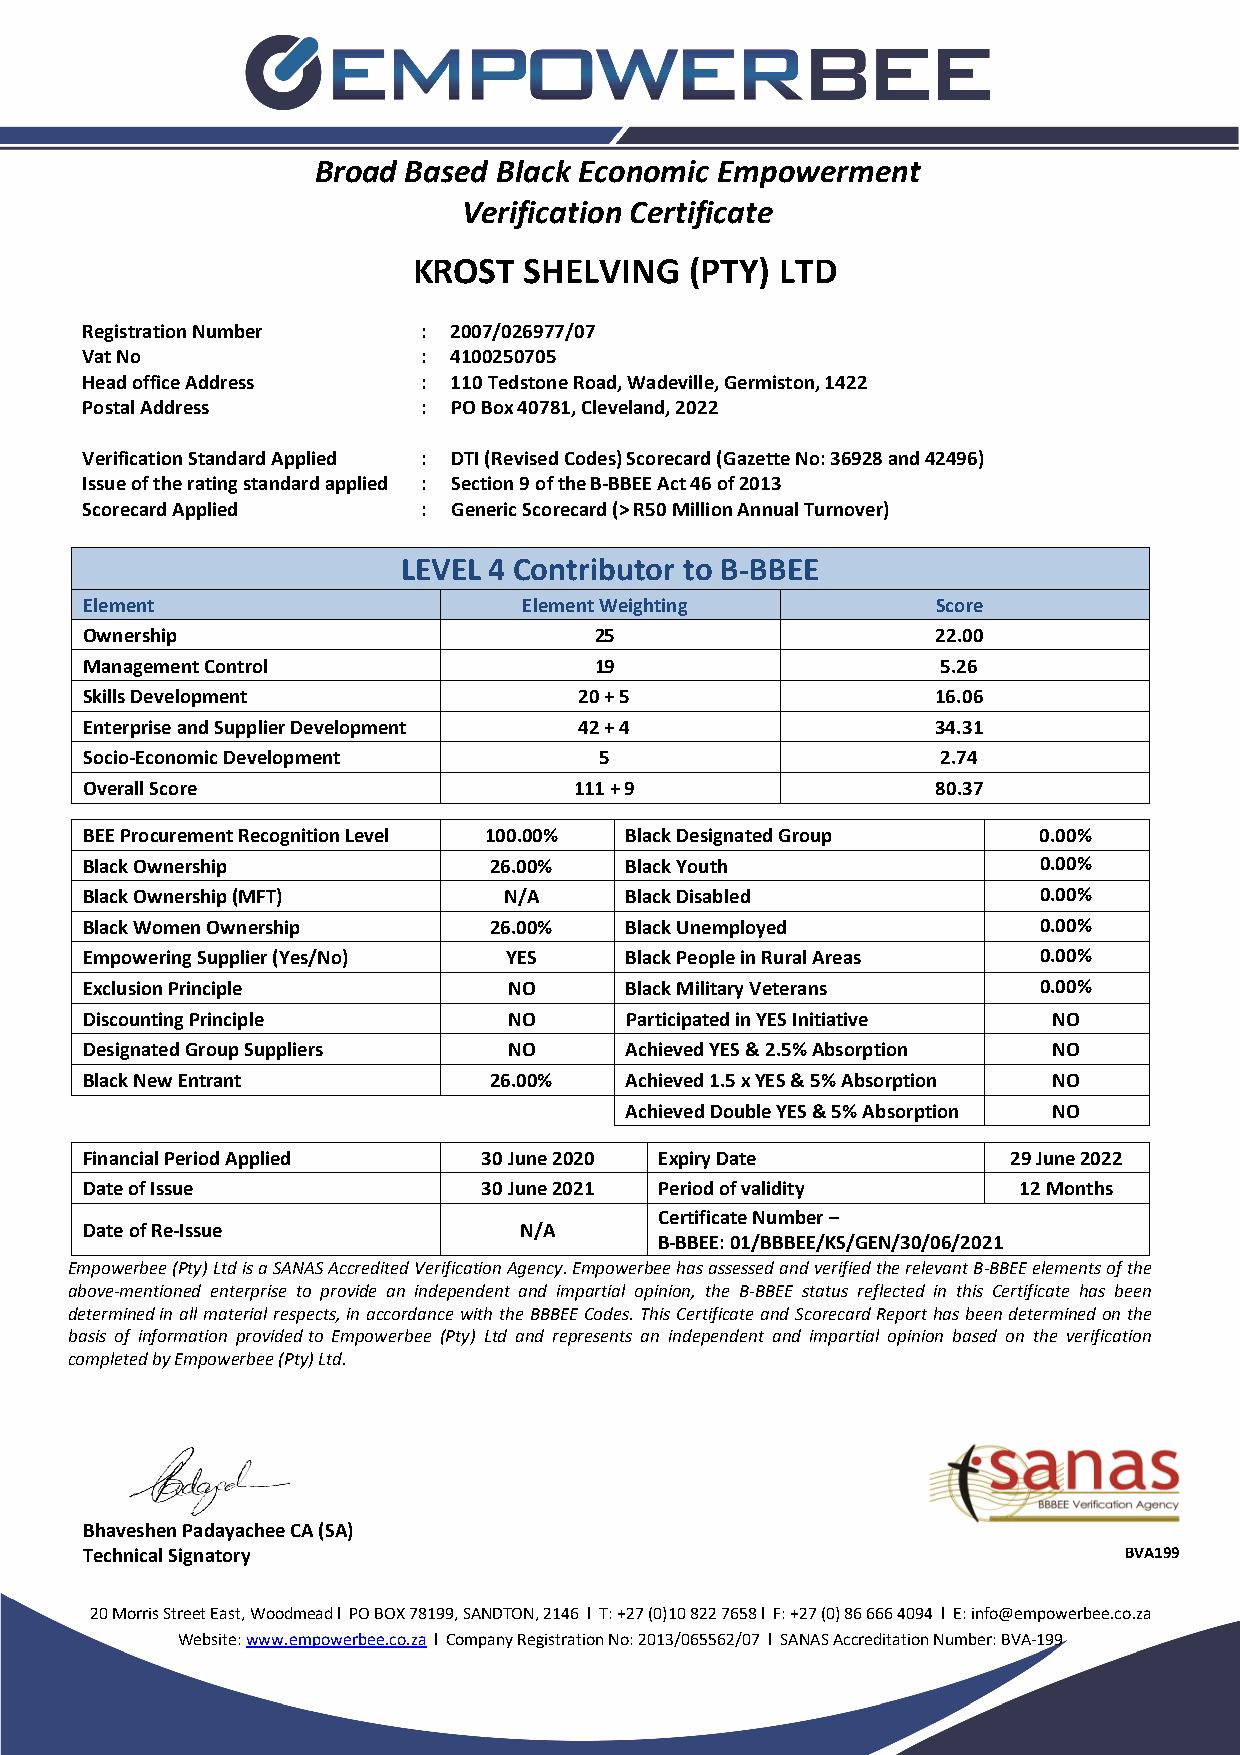
Broad Based Black Economic Empowerment
 Verification Certificate
 KROST   SHELVING   (PTY) LTD
 Registration Number    : 2007/026977/07
 Vat No                 : 4100250705
 Head office Address    : 110 Tedstone Road, Wadeville, Germiston, 1422
 Postal Address         : PO Box 40781, Cleveland, 2022
 Verification Standard Applied : DTI (Revised Codes) Scorecard (Gazette No: 36928 and 42496)
 Issue of the rating standard applied : Section 9 of the B-BBEE Act 46 of 2013
 Scorecard Applied      : Generic Scorecard (> R50 Million Annual Turnover)
 LEVEL 4 Contributor to B-BBEE
 Element                       Element Weighting          Score
 Ownership                         25                     22.00
 Management Control                19                     5.26
 Skills Development               20 + 5                  16.06
 Enterprise and Supplier Development 42 + 4               34.31
 Socio-Economic Development         5                     2.74
 Overall Score                    111 + 9                 80.37
 BEE Procurement Recognition Level 100.00% Black Designated Group 0.00%
 Black Ownership            26.00%   Black Youth                 0.00%
 Black Ownership (MFT)       N/A     Black Disabled              0.00%
 Black Women Ownership      26.00%   Black Unemployed            0.00%
 Empowering Supplier (Yes/No) YES    Black People in Rural Areas 0.00%
 Exclusion Principle          NO     Black Military Veterans     0.00%
 Discounting Principle        NO     Participated in YES Initiative NO
 Designated Group Suppliers   NO     Achieved YES & 2.5% Absorption NO
 Black New Entrant          26.00%   Achieved 1.5 x YES & 5% Absorption NO
 Achieved Double YES & 5% Absorption NO
 Financial Period Applied   30 June 2020 Expiry Date           29 June 2022
 Date of Issue              30 June 2021 Period of validity     12 Months
 Certificate Number –
 Date of Re-Issue             N/A
 B-BBEE: 01/BBBEE/KS/GEN/30/06/2021
 Empowerbee (Pty) Ltd is a SANAS Accredited Verification Agency. Empowerbee has assessed and verified the relevant B-BBEE elements of the
 above-mentioned enterprise to provide an independent and impartial opinion, the B-BBEE status reflected in this Certificate has been
 determined in all material respects, in accordance with the BBBEE Codes. This Certificate and Scorecard Report has been determined on the
 basis of information provided to Empowerbee (Pty) Ltd and represents an independent and impartial opinion based on the verification
 completed by Empowerbee (Pty) Ltd.
 Bhaveshen Padayachee CA (SA)
 Technical Signatory                                                  BVA199
 20 Morris Street East, Woodmead l PO BOX 78199, SANDTON, 2146 l T: +27 (0)10 822 7658 l F: +27 (0) 86 666 4094 l E: info@empowerbee.co.za
 Website: www.empowerbee.co.za l Company Registration No: 2013/065562/07 l SANAS Accreditation Number: BVA-199